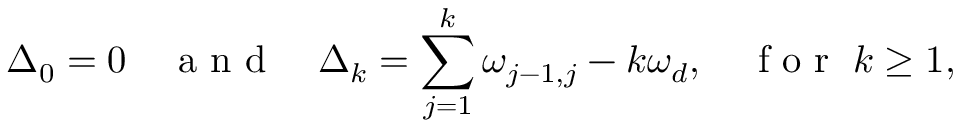
\Delta _ { 0 } = 0 \quad \mathrm { ~ a ~ n ~ d ~ } \quad \Delta _ { k } = \sum _ { j = 1 } ^ { k } \omega _ { j - 1 , j } - k \omega _ { d } , \quad \mathrm { ~ f ~ o ~ r ~ } \; k \geq 1 ,